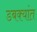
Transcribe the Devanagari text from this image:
डबक्यांत